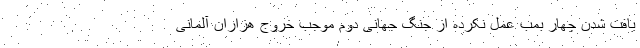
یافت شدن چهار بمب عمل نکرده از جنگ جهانی دوم موجب خروج هزاران آلمانی